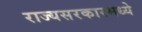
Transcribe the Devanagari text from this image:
राज्यसरकारमध्ये